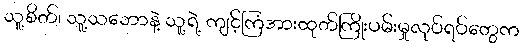
သူ့စိတ်၊ သူ့သဘောနဲ့ သူ့ရဲ့ ကျင့်ကြံအားထုတ်ကြိုးပမ်းမှုလုပ်ရပ်တွေက